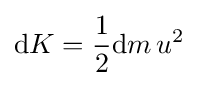
\mathrm {d} K={\frac {1}{2}}\mathrm {d} m\,u^{2}